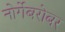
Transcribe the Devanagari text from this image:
नोर्गेबरोबर